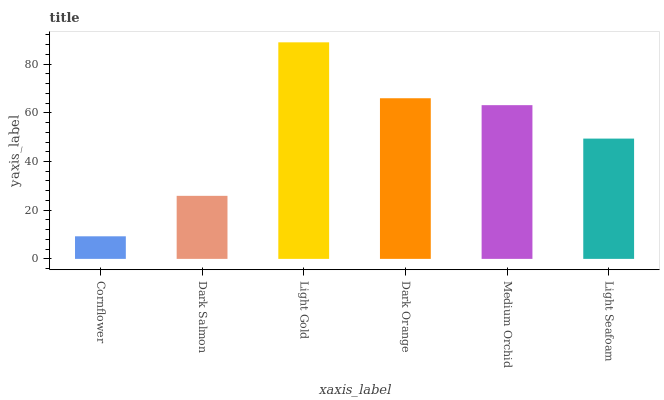
| xaxis_label | bars |
 | --- | --- |
 | Cornflower | 9.27 |
 | Dark Salmon | 25.9 |
 | Light Gold | 88.9 |
 | Dark Orange | 66 |
 | Medium Orchid | 63.1 |
 | Light Seafoam | 49.4 |